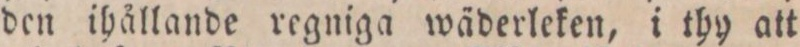
den ihållande regniga wäderleken, i thy att